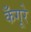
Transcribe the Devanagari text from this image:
कँगूरे